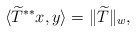
\begin{align*}\langle \widetilde{T}^{**}x,y\rangle=\|\widetilde{T}\|_w,\end{align*}